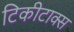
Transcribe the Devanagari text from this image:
टिकीटाक्स